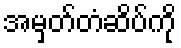
အမှတ်တံဆိပ်ကို